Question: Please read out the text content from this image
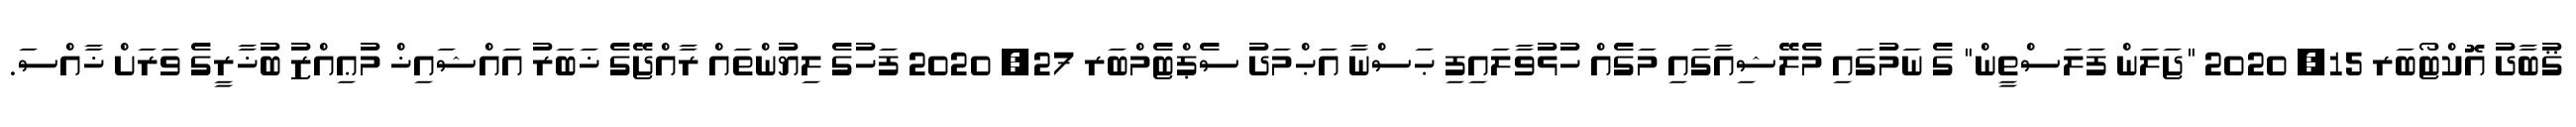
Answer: ޤުބާދު އޮކްޓޯބަރ 15, 2020 "ޖަލަން ފަލަސްތީން" ގެ ނަމުގައި މެލޭޝިއާގައި މަގެއް ހުޅުވާލައިފި ޙަސްނާ އަޙްމަދު ސެޕްޓެމްބަރ 27, 2020 ފަހުގެ ލިޔުންތައް ރާއްޖޭގެ ޚަބަރު އައްޝައިޚް މުޢިއްޒު ބުޚާރީގެ ވަރަށް ޚާއްސަ.